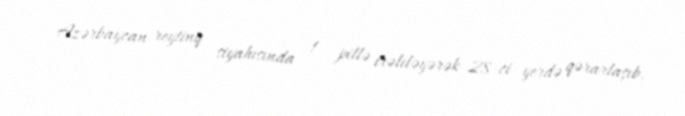
Azərbaycan reytinq siyahısında 1 pillə irəliləyərək 28-ci yerdə qərarlaşıb.